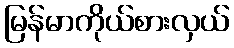
မြန်မာကိုယ်စားလှယ်